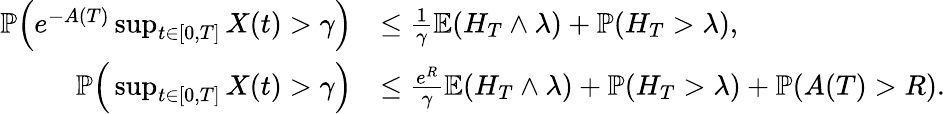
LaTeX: \begin{array}{rl}{{\mathbb P}\Big(e^{-A(T)}\operatorname*{sup}_{t\in[0,T]}X(t)>\gamma\Big)}&{\leq\frac{1}{\gamma}{\mathbb E}(H_{T}\wedge\lambda)+{\mathbb P}(H_{T}>\lambda),}\\ {{\mathbb P}\Big(\operatorname*{sup}_{t\in[0,T]}X(t)>\gamma\Big)}&{\leq\frac{e^{R}}{\gamma}{\mathbb E}(H_{T}\wedge\lambda)+{\mathbb P}(H_{T}>\lambda)+{\mathbb P}(A(T)>R).}\end{array}